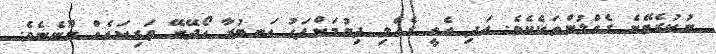
ނުކުރެވޭނެ ގެއްލުންތަކެކެވެ. އަދި އެއީ ގެއްލި ދިޔުމަށްފަހު އަނބުރާ ހޯދޭނޭ ތަރިކައެއް ނޫނެނެވެ.